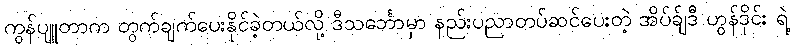
ကွန်ပျူတာက တွက်ချက်ပေးနိုင်ခဲ့တယ်လို့ ဒီသင်္ဘောမှာ နည်းပညာတပ်ဆင်ပေးတဲ့ အိပ်ခ်ျဒီ ဟွန်ဒိုင်း ရဲ့